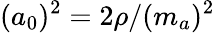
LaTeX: (a_{0})^{2}=2\rho/(m_{a})^{2}